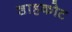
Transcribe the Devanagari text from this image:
शाहकोट